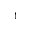
^ 1